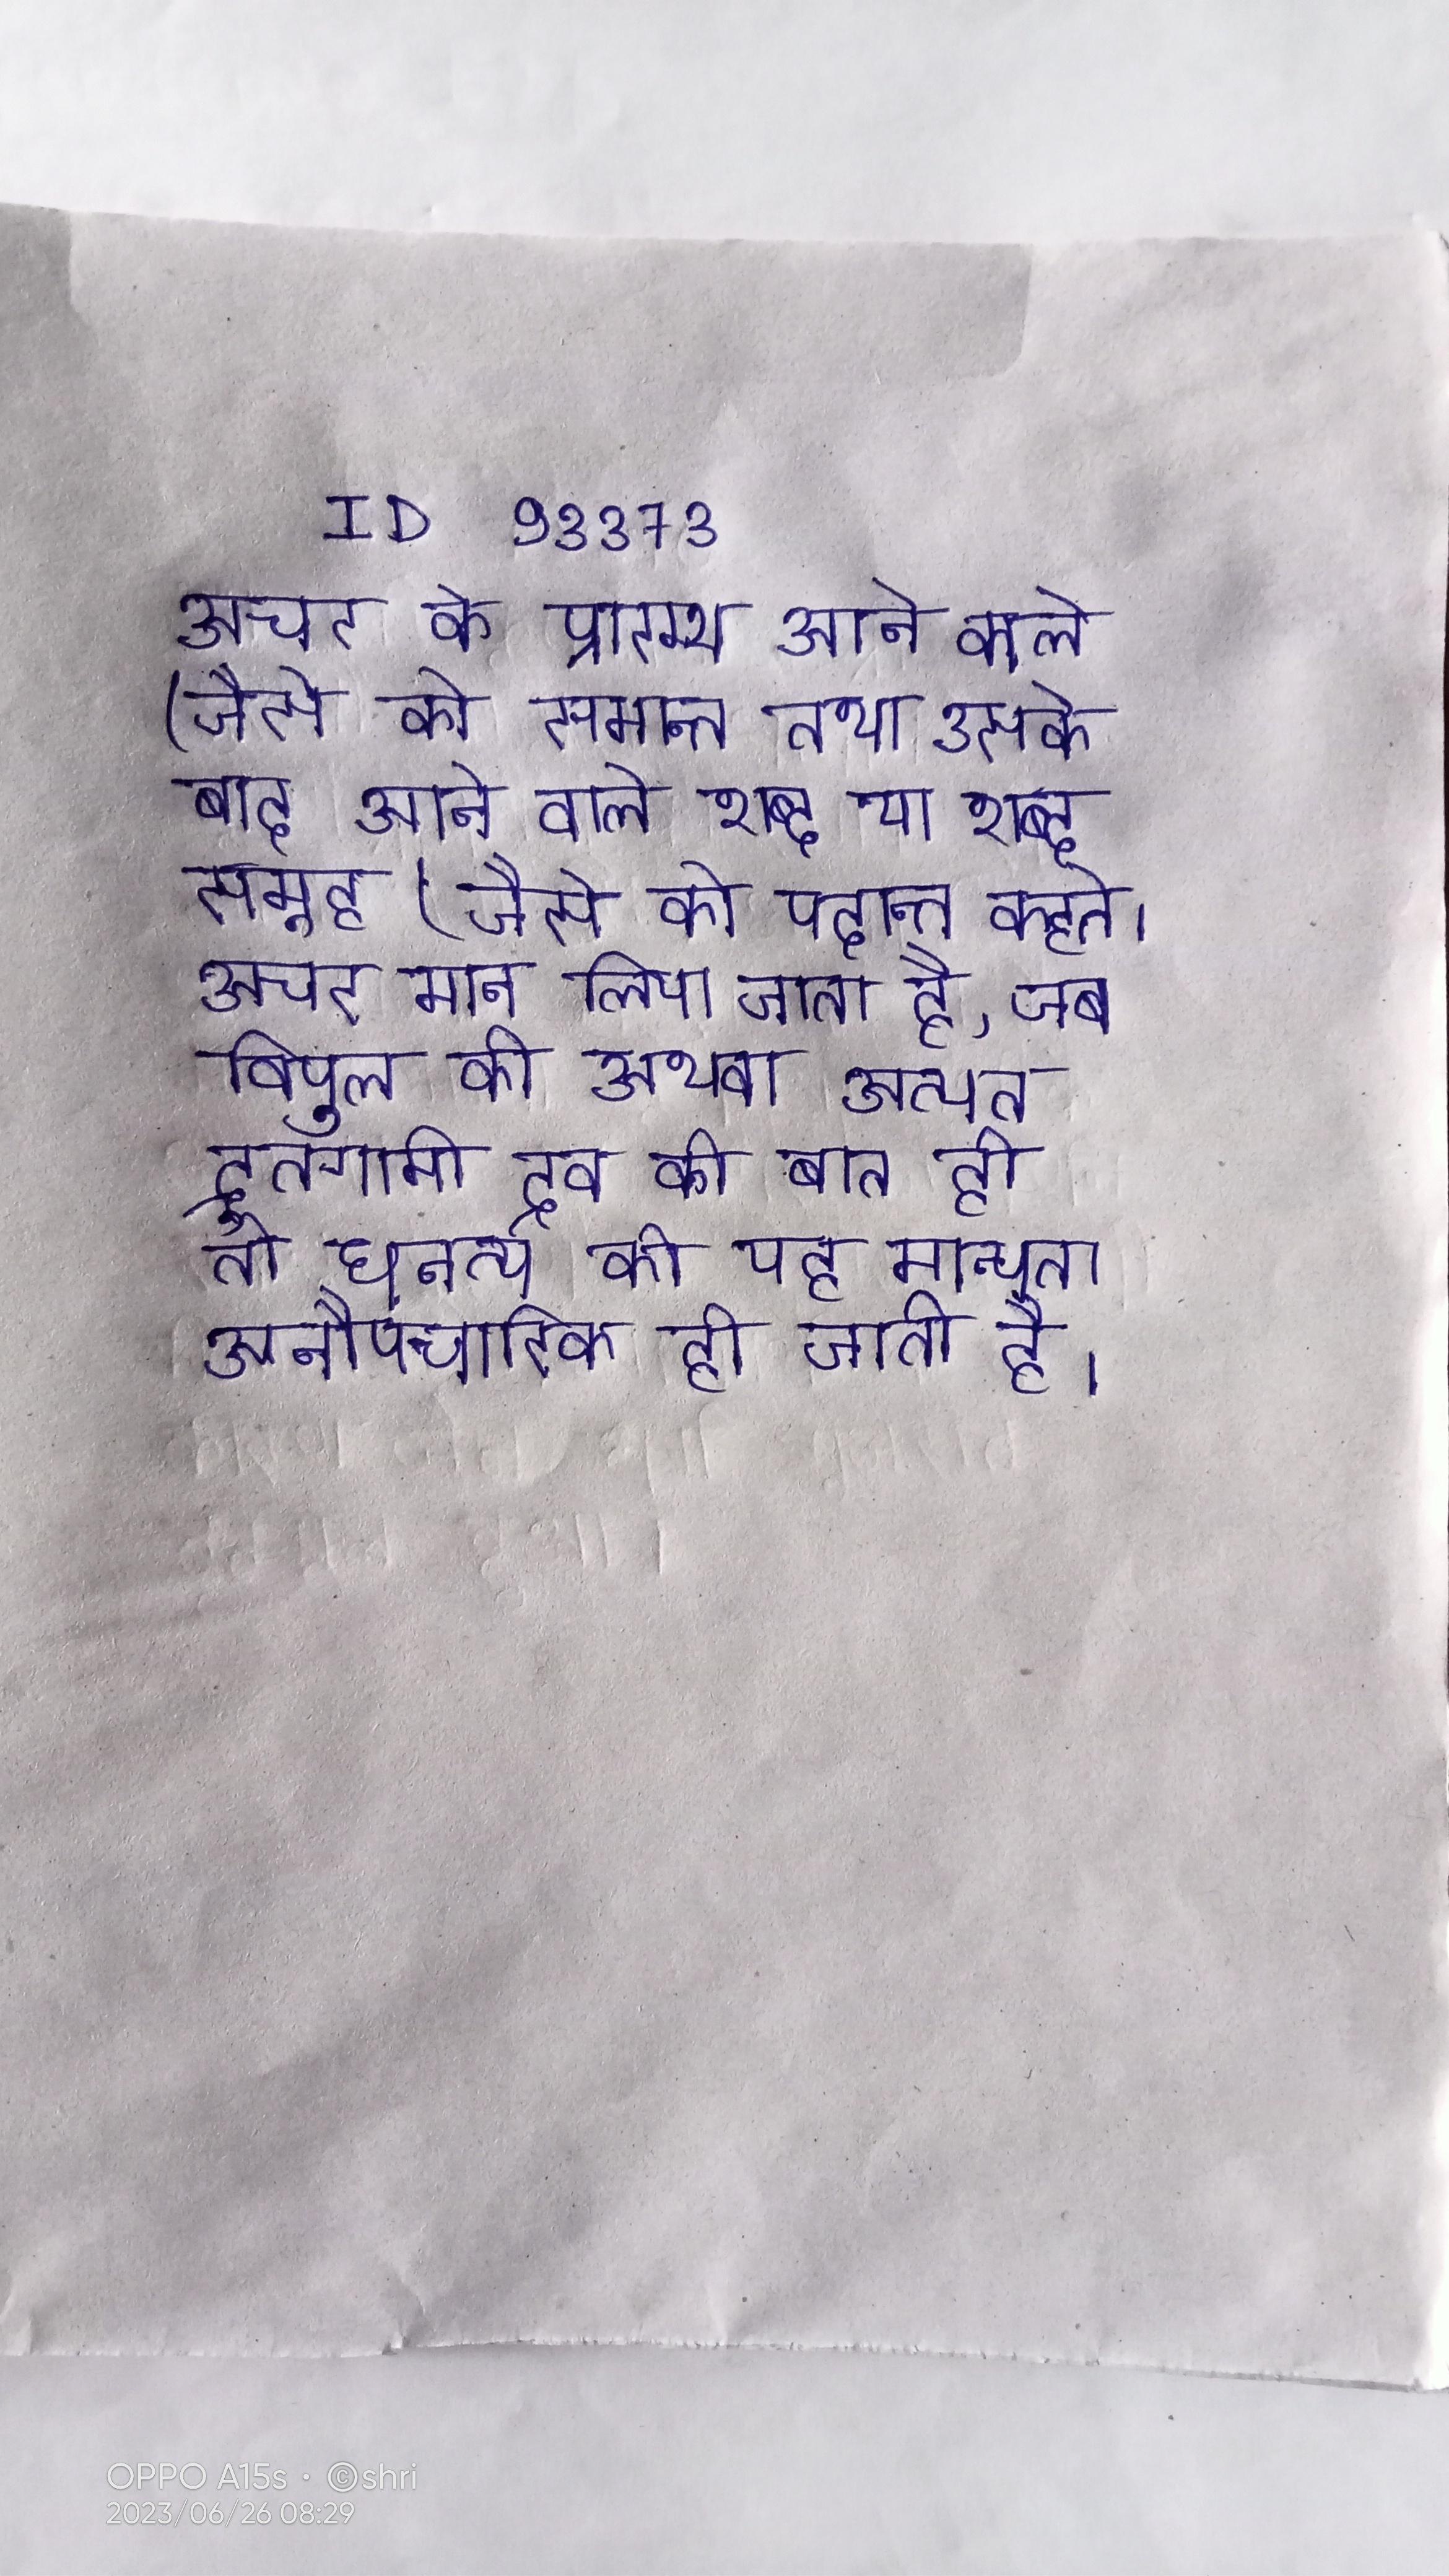
अचर के प्रारम्भ आने वाले (जैसे को समान्त तथा उसके बाद आने वाले शब्द या शब्द समूह (जैसे को पदान्त कहते । अचर मान लिया जाता है, जब विपुल की अथवा अत्यत द्रुतगामी द्रव की बात हो तो घनत्व की यह मान्यता अनौपचारिक हो जाती है ।